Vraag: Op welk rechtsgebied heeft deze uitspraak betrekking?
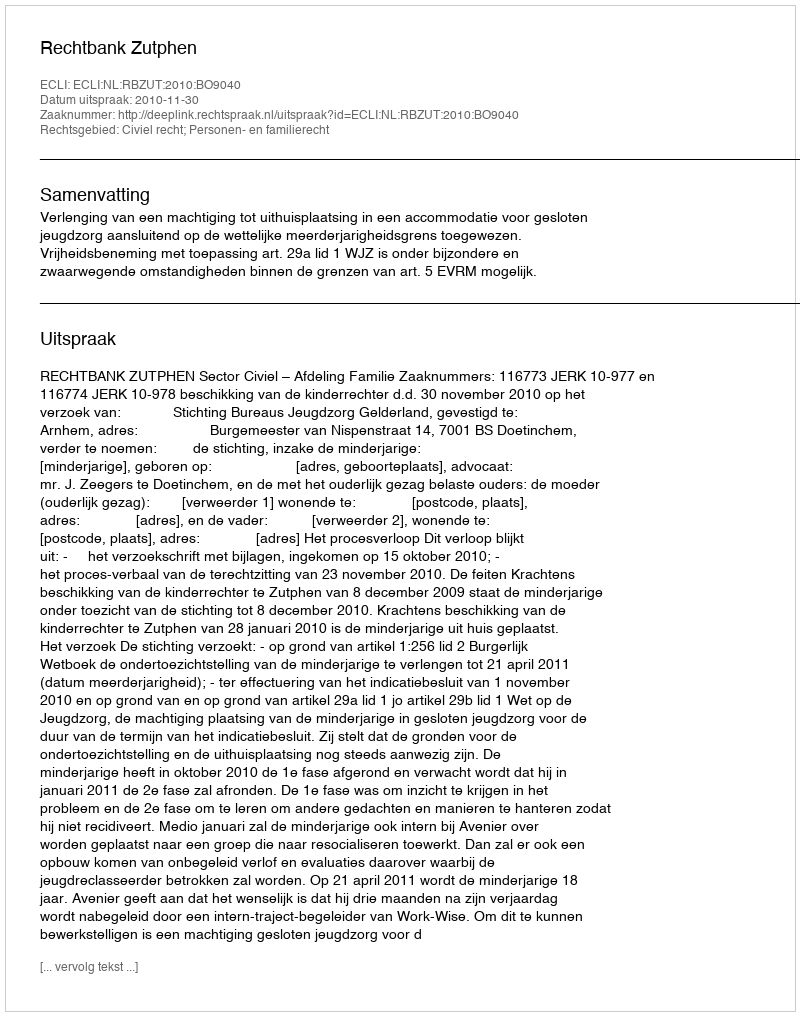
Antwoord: Civiel recht; Personen- en familierecht